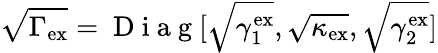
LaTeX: \sqrt{\Gamma_{\mathrm{ex}}}=\mathrm{~D~i~a~g~}[\sqrt{\gamma_{1}^{\mathrm{ex}}},\sqrt{\kappa_{\mathrm{ex}}},\sqrt{\gamma_{2}^{\mathrm{ex}}}]